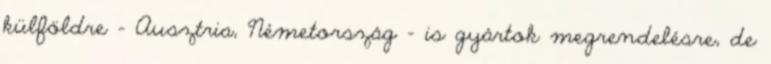
külföldre – Ausztria, Németország – is gyártok megrendelésre, de